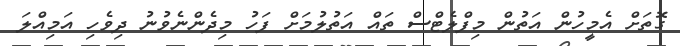
ގޮތަށް އެމީހުން އަަތުން މިފްލެޓްސް ތައް އަތުލުމަށް ފަހު މިދެންނެވުނު ދިވެހި އަމިއްލަ